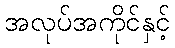
အလုပ်အကိုင်နှင့်